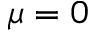
\mu = 0